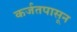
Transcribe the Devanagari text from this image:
कर्जतपासून